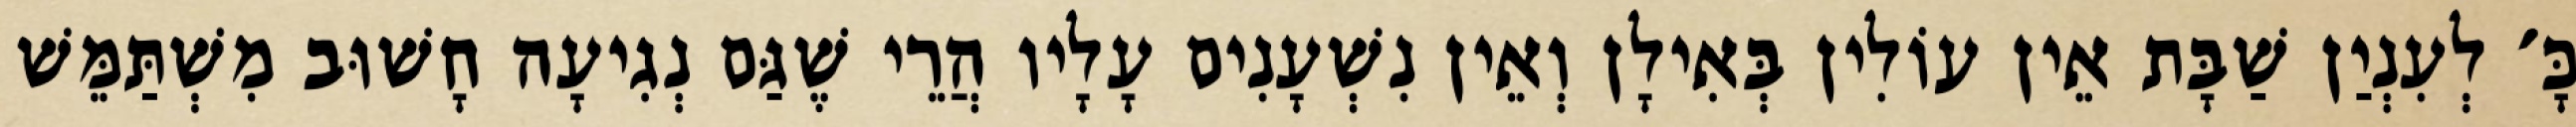
כָּ׳ לְעִנְיַן שַׁבָּת אֵין עוֹלִין בְּאִילָן וְאֵין נִשְׁעָנִים עָלָיו הֲרֵי שֶׁגַּם נְגִיעָה חָשׁוּב מִשְׁתַּמֵּשׁ